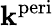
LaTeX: \mathbf{k}^{\mathrm{{{peri}}}}